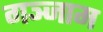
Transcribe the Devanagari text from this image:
गञ्जाम